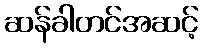
ဆန်ခါတင်အဆင့်